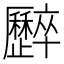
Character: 𠫏